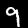
Label: 9